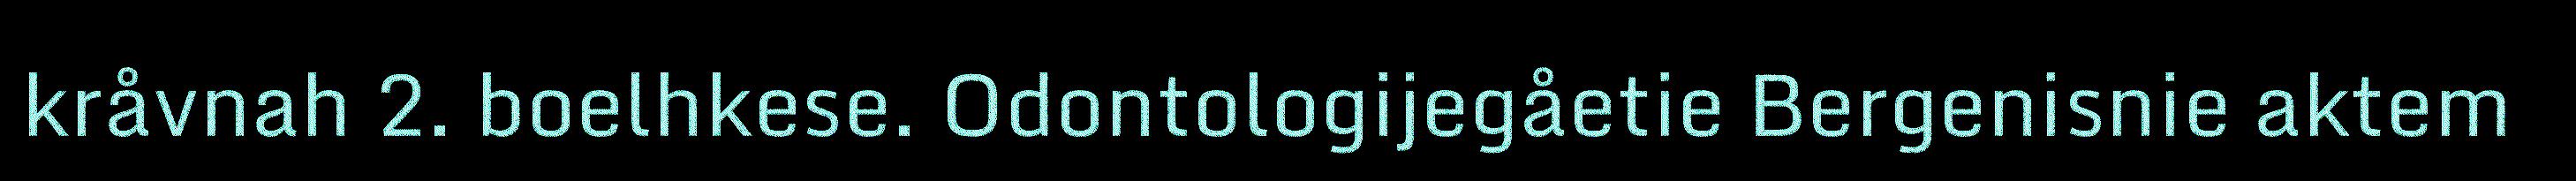
kråvnah 2. boelhkese. Odontologijegåetie Bergenisnie aktem